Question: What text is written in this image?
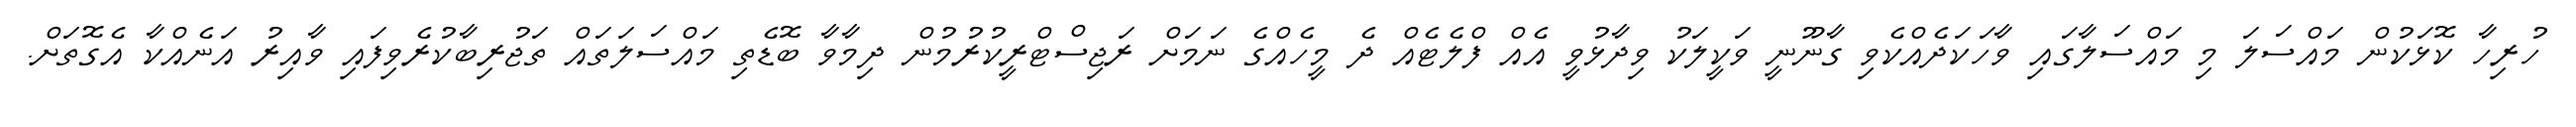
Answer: ހުރިހާ ކޮޅަކުން މައްސަލަ މި މައްސަލާގައި ވާހަކަދެއްކެވި ގާނޫނީ ވަކީލަކު ވިދާޅުވީ އެއް ފްލެޓެއް ދެ މީހެއްގެ ނަމަށް ރަޖިސްޓްރީކުރުމުން ދިމާވާ ބޮޑެތި މައްސަލަތައް ތަޖުރިބާކުރެވިފައި ވާއިރު އަނެއްކާ އެގޮތަށް.